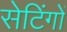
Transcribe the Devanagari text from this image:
सेटिंगों